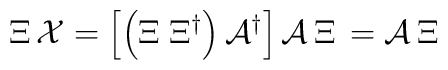
\Xi\,{\cal X}=\left[\left(\Xi\;\Xi^{\dagger}\right){\cal A}^{\dagger}\right]{\cal A}\,\Xi\,={\cal A}\,\Xi